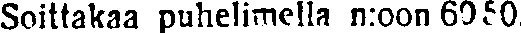
Soittakaa puhelimella n:oon 6050